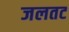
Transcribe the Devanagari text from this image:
जलतट